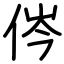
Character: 侺